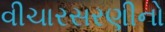
વીચારસરણીનો